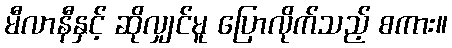
မီလာနီနှင့် ဆိုလျှင်မူ ပြောလိုက်သည့် စကား။